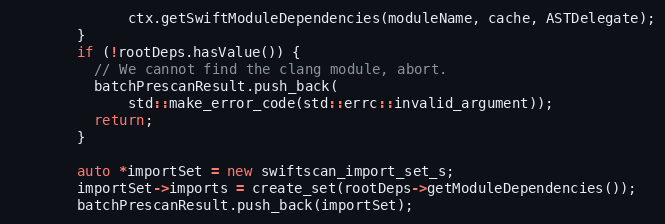
Language: C++
              ctx.getSwiftModuleDependencies(moduleName, cache, ASTDelegate);
        }
        if (!rootDeps.hasValue()) {
          // We cannot find the clang module, abort.
          batchPrescanResult.push_back(
              std::make_error_code(std::errc::invalid_argument));
          return;
        }

        auto *importSet = new swiftscan_import_set_s;
        importSet->imports = create_set(rootDeps->getModuleDependencies());
        batchPrescanResult.push_back(importSet);